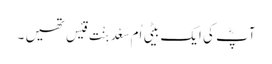
آپؓ کی ایک بیٹی اُم سَعْد بِنْت قَیْس تھیں ۔